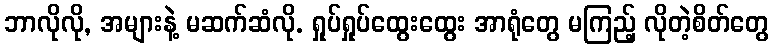
ဘာလိုလို, အများနဲ့ မဆက်ဆံလို. ရှုပ်ရှုပ်ထွေးထွေး အာရုံတွေ မကြည့် လိုတဲ့စိတ်တွေ